Vaccination North-Western Provinces and Oudh 1896-1901 - 1896-1901
Year: 1896
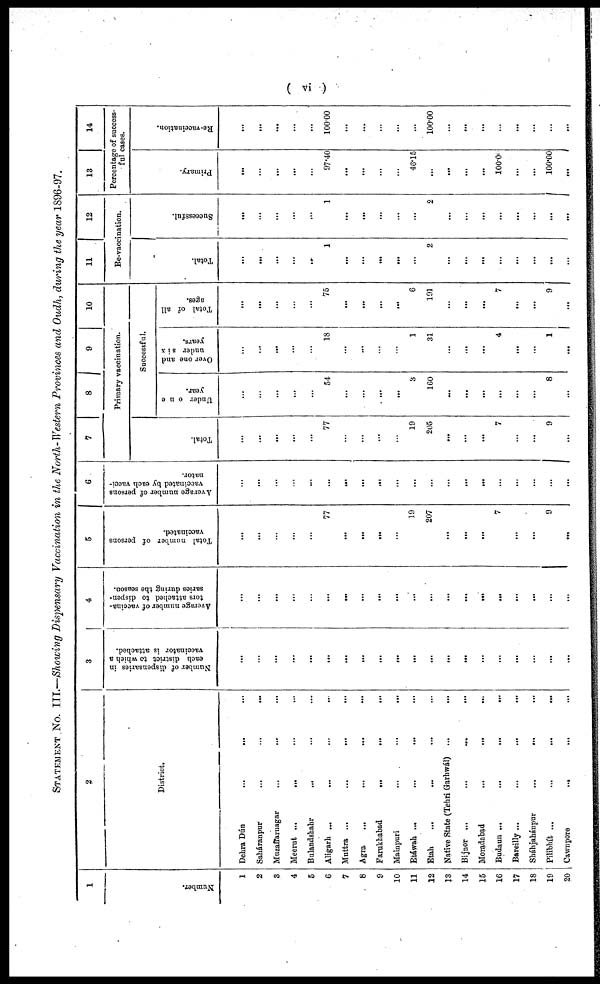
( vi )
STATEMENT No. III.—Showing Dispensary Vaccination in the North-Western Provinces and Oudh, during the year 1896-97.
1
Number.
1
2
3
4
5
6
7
8
9
10
11
12
13
14
15
16
17
18
19
20
2
District.
Dehra Dún
...
...
...
Saháranpur
...
...
...
Muzaffarnagar ... ... ...
Meerut
...
...
...
Bulandshahr ... ... ...
Aligarh ... ... ...
Muttra ... ... ...
Agra ... ... ...
Farukhabad
...
...
...
Mainpuri
...
...
...
Etáwah
...
...
...
Etah ... ... ...
Native State (Tehri Garhwál) ... ...
Bijnor
...
...
...
Moradnbad
...
...
...
Budaun
...
...
...
Bareilly
...
...
...
Sháhjahánpur
...
...
...
Pilibhit ... ... ...
Cawnpore
...
...
...
3
Number of dispensaries in
each district to which a
vaccinator is attached.
...
...
...
...
...
...
...
...
...
...
...
...
...
...
...
...
...
...
...
...
4
Average number of vaccina-
tors attached to dispen-
saries during the season.
...
...
...
...
...
...
...
...
...
...
...
...
...
...
...
...
...
...
...
...
5
Total number of persons
vaccinated.
...
...
...
...
...
77
...
...
...
...
19
207
...
...
...
7
...
...
9
...
6
Average number of persons
vaccinated by each vacci-
nator.
...
...
...
...
...
...
...
...
...
...
...
...
...
...
...
...
...
...
...
...
7
8
9
10
Primary vaccination.
Total.
...
...
...
...
...
77
...
...
...
...
19
205
...
...
...
7
...
...
9
...
Successful.
Under one
year.
...
...
...
...
...
54
...
...
...
...
3
160
...
...
...
...
...
...
8
...
Over one and
under six
years.
...
...
...
...
...
18
...
...
...
...
1
31
...
...
...
4
...
...
1
...
Total of all
ages.
...
...
...
...
...
75
...
...
...
...
6
191
...
...
...
7
...
...
9
...
11
12
Re-vaccination.
Total.
...
...
...
...
...
1
...
...
...
...
...
2
...
...
...
...
...
...
...
...
Successful.
...
...
...
...
...
1
...
...
...
...
...
2
...
...
...
...
...
...
...
...
13
14
Percentage of success-
ful cases.
Primary.
...
...
...
...
...
97.40
...
...
...
...
46.15
...
...
...
...
100.00
...
...
100.00
...
Re-vaccination.
...
...
...
...
...
100.00
...
...
...
...
...
100.00
...
...
...
...
...
...
...
...